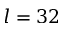
l = 3 2